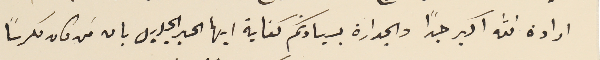
ارادة الله اكبر جدًا والجدارة بسيادتكم كفاية ايها الحبر الجليل بان مَن كان مكرساً